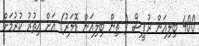
400 ބިލިއަން ރުޕީސް ( ތިން ބިލިއަން ޑޮލަރު) އަށް އިތުރު ކުރުމަށް